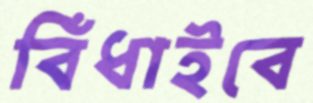
বিঁধাইবে